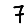
Digit: 7